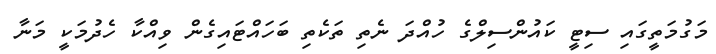
މަގުމަތީގައި ސިޓީ ކައުންސިލްގެ ހުއްދަ ނެތި ތަކެތި ބަހައްޓައިގެން ވިއްކާ ހެދުމަކީ މަނާ